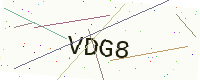
Text: VDG8